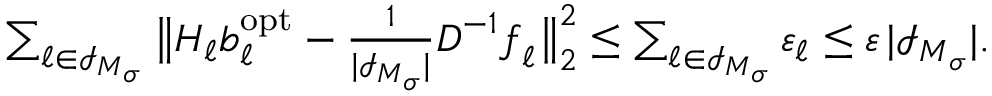
\begin{array} { r } { \sum _ { \boldsymbol \ell \in \mathcal I _ { \boldsymbol M _ { \boldsymbol \sigma } } } \big \| \boldsymbol H _ { \boldsymbol \ell } \boldsymbol b _ { \boldsymbol \ell } ^ { \mathrm { o p t } } - \frac { 1 } { | \mathcal I _ { \boldsymbol M _ { \boldsymbol \sigma } } | } \boldsymbol D ^ { - 1 } \boldsymbol f _ { \boldsymbol \ell } \big \| _ { 2 } ^ { 2 } \leq \sum _ { \boldsymbol \ell \in \mathcal I _ { \boldsymbol M _ { \boldsymbol \sigma } } } \varepsilon _ { \boldsymbol \ell } \leq \varepsilon \, | \mathcal I _ { \boldsymbol M _ { \boldsymbol \sigma } } | . } \end{array}